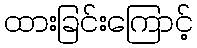
ထားခြင်းကြောင့်